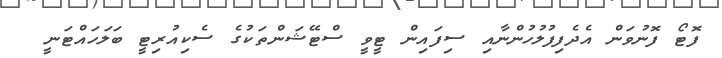
ފޮޓޯ ފޮނުވަން އެދެފިފުލުހުންނާއި ސިފައިން ޓީވީ ސްޓޭޝަންތަކުގެ ސެކިއުރިޓީ ބަލަހައްޓަނީ